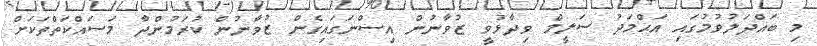
މި ބައްދަލުވުމުގައި އަޙްމަދު ސަލީމް ވިދާޅުވީ ޒުވާނުން އިސްނަގައިގެން ޒުވާނުން ކުރަމުންދާ މަސައްކަތްތަކަށް